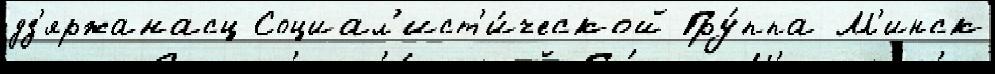
дз'яржанасц Социал'ист'и́ческой Гру́ппа М'инск